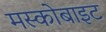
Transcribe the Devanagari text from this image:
मस्कोबाइट